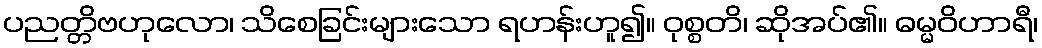
ပညတ္တိဗဟုလော၊ သိစေခြင်းများသော ရဟန်းဟူ၍။ ဝုစ္စတိ၊ ဆိုအပ်၏။ ဓမ္မဝိဟာရီ၊